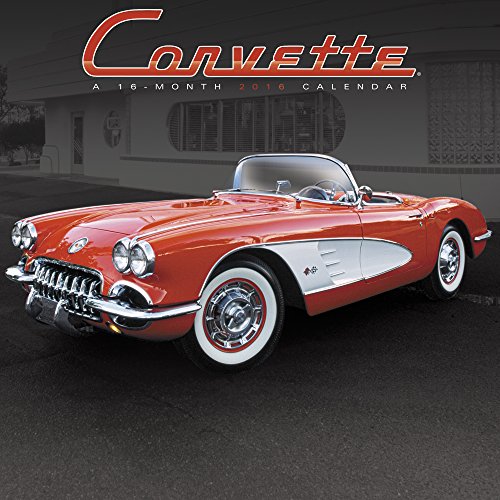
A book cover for Corvette Wall Calendar (2016); Mead; Calendars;